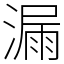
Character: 漏